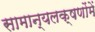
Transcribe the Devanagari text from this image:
सामान्यलक्षणोंमें